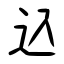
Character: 込